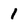
Character: 1